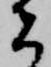
者